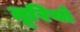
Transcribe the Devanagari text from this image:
तूरियों